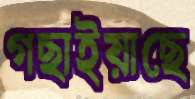
গছাইয়াছে